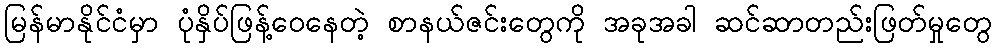
မြန်မာနိုင်ငံမှာ ပုံနှိပ်ဖြန့်ဝေနေတဲ့ စာနယ်ဇင်းတွေကို အခုအခါ ဆင်ဆာတည်းဖြတ်မှုတွေ